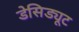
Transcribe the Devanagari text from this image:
डेसिड्यूट